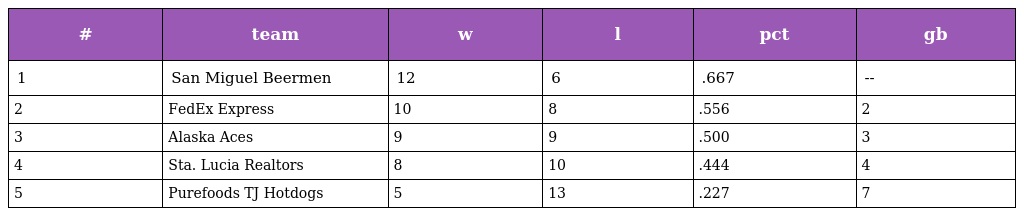
| # | team | w | l | pct | gb |
 | --- | --- | --- | --- | --- | --- |
 | 1 | San Miguel Beermen | 12 | 6 | .667 | -- |
 | 2 | FedEx Express | 10 | 8 | .556 | 2 |
 | 3 | Alaska Aces | 9 | 9 | .500 | 3 |
 | 4 | Sta. Lucia Realtors | 8 | 10 | .444 | 4 |
 | 5 | Purefoods TJ Hotdogs | 5 | 13 | .227 | 7 |